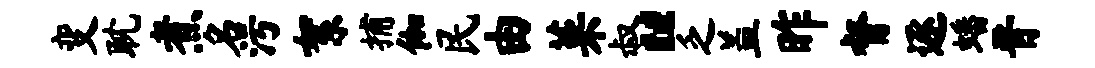
变耽煮名污絮捕伽民由菜叔“乏盖昨督逐蟠晋